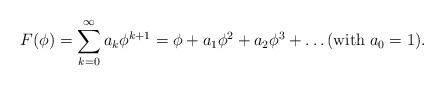
LaTeX: \begin{align*} F(\phi) = \sum_{k=0}^{\infty} a_k\phi^{k+1} = \phi + a_1 \phi^2 + a_2 \phi^3 + \ldots (\mathrm{with} \; a_0=1).\end{align*}